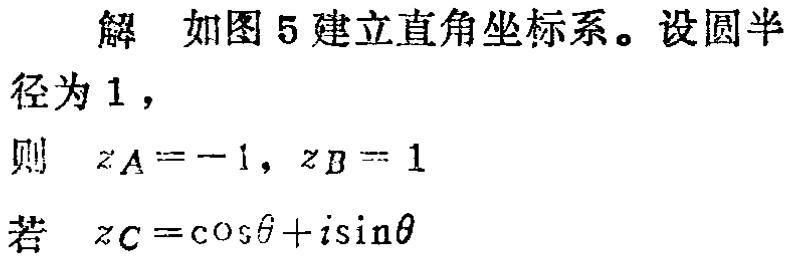
解 如图5建立直角坐标系。设圆半径为1，
则 \(z_A = -1,\ z_B = 1\)
若 \(z_C=\cos\theta + i\sin\theta\)